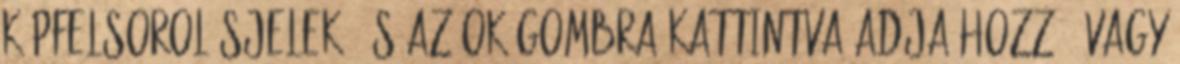
képfelsorolásjelek, és az OK gombra kattintva adja hozzá, vagy